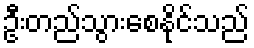
ဦးတည်သွားစေနိုင်သည်